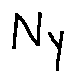
N y